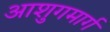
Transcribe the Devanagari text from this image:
आशुगमार्ग